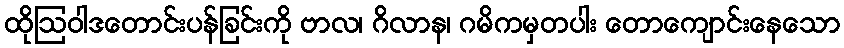
ထိုဩဝါဒတောင်းပန်ခြင်းကို ဗာလ၊ ဂိလာန၊ ဂမိကမှတပါး တောကျောင်းနေသော